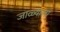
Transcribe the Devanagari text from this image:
जाळ्याला